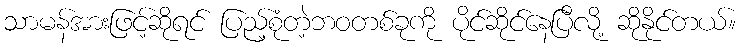
သာမန်အားဖြင့်ဆိုရင် ပြည့်စုံတဲ့ဘဝတစ်ခုကို ပိုင်ဆိုင်နေပြီလို့ ဆိုနိုင်တယ်။